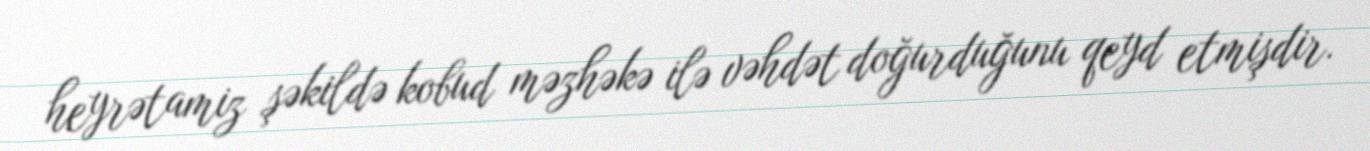
heyrətamiz şəkildə kobud məzhəkə ilə vəhdət doğurduğunu qeyd etmişdir.